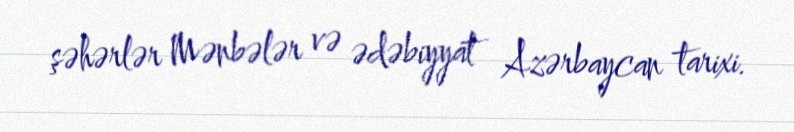
şəhərlər Mənbələr və ədəbiyyat Azərbaycan tarixi.